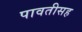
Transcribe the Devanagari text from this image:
पावतीसह